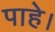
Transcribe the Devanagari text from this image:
पाहे।